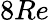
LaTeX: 8Re